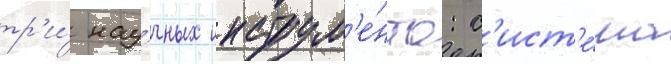
тр'и́ нау́чных инструм'е́нта: с'ист'е́ма